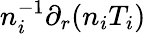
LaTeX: n_{i}^{-1}\partial_{r}(n_{i}T_{i})